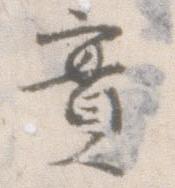
実